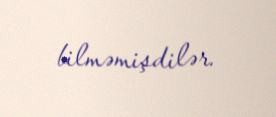
bilməmişdilər.